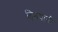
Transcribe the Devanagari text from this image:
हिनयानी